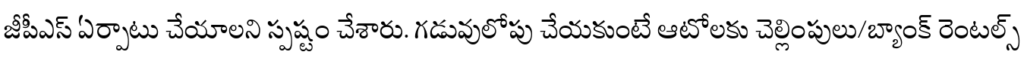
జీపీఎస్ ఏర్పాటు చేయాలని స్పష్టం చేశారు. గడువులోపు చేయకుంటే ఆటోలకు చెల్లింపులు/బ్యాంక్ రెంటల్స్